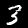
Label: 3